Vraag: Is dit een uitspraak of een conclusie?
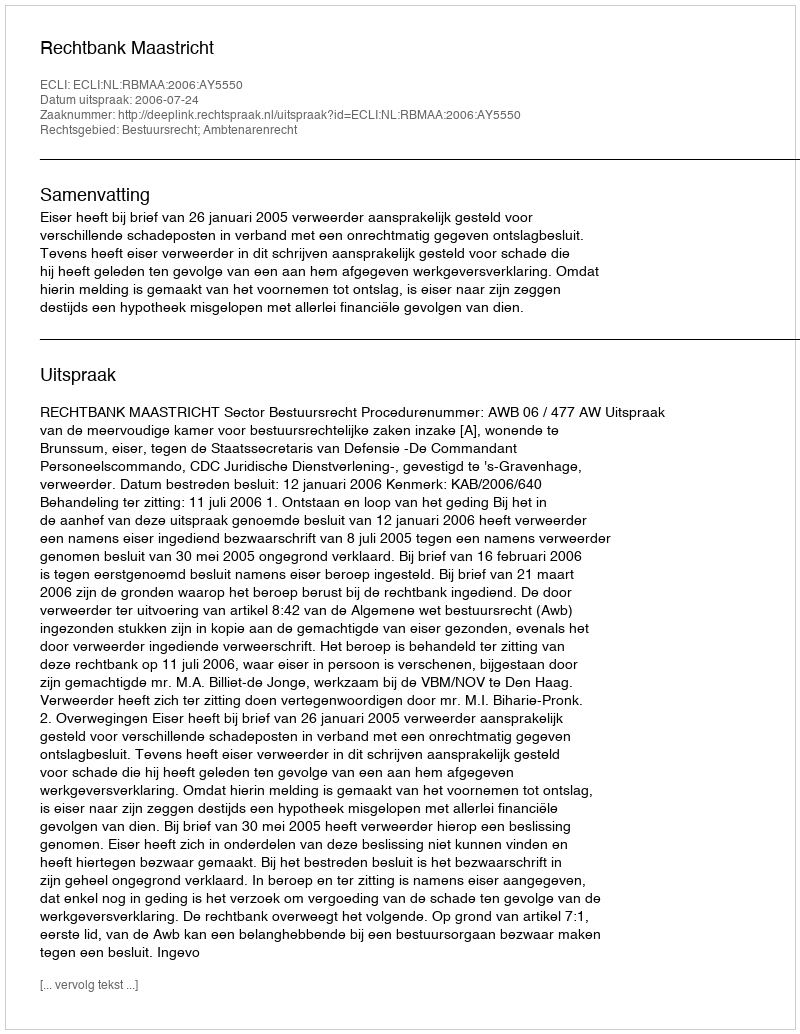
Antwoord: Uitspraak